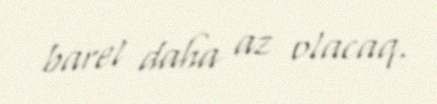
barel daha az olacaq.